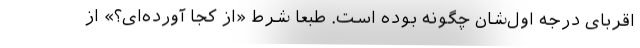
اقربای درجه اول‌شان چگونه بوده است. طبعاً شرط «از کجا آورده‌ای؟» از